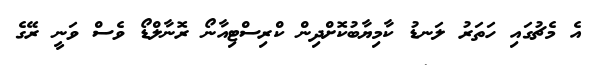
އެ މެޗުގައި ހަތަރު ލަނޑު ކާމިޔާބުކޮށްދިން ކްރިސްޓިއާނޯ ރޮނާލްޑޯ ވެސް ވަނީ ރޭގެ